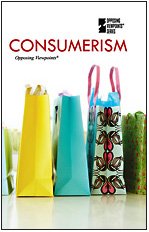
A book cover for Consumerism (Opposing Viewpoints); Roman Espejo; Teen & Young Adult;